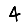
Digit: 4